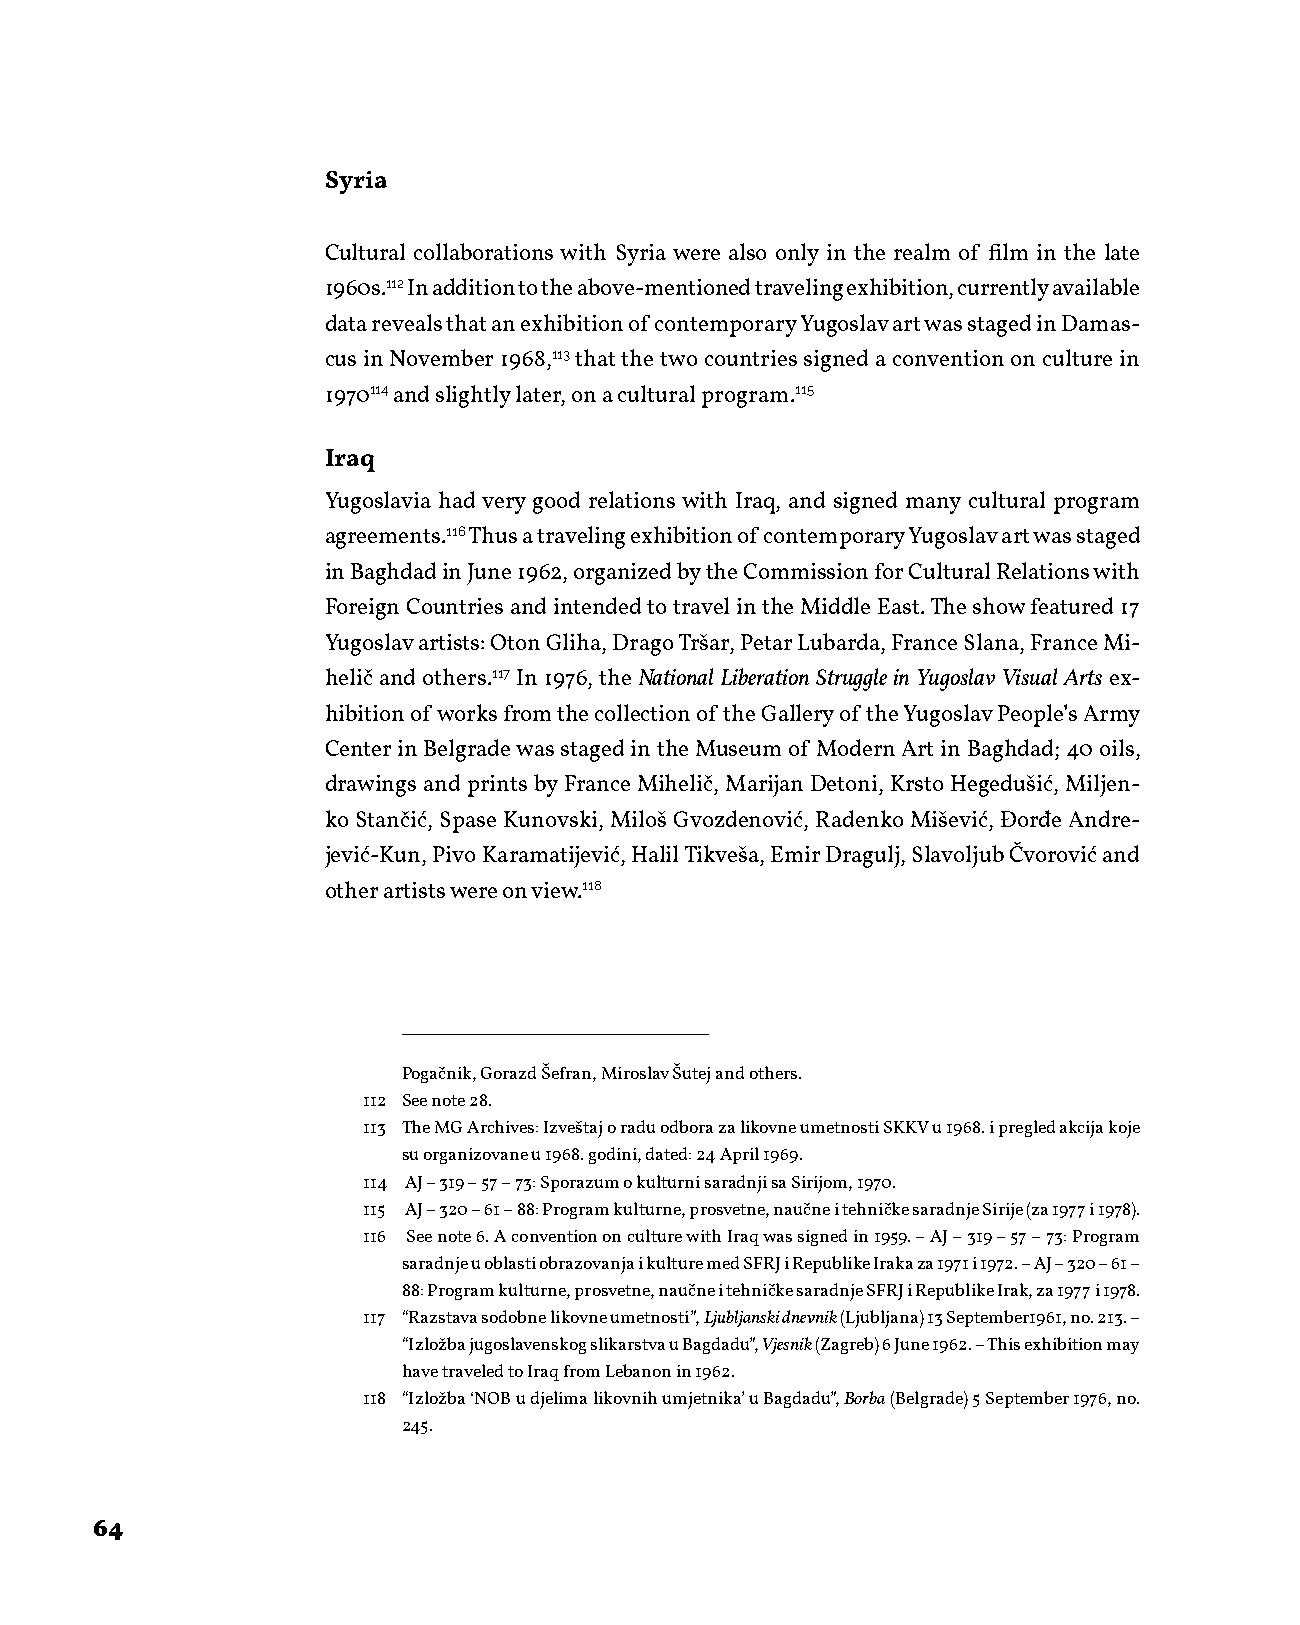
Syria
 Cultural collaborations with Syria were also only in the realm of film in the late
 1960s.112 In addition to the above-mentioned traveling exhibition, currently available
 data reveals that an exhibition of contemporary Yugoslav art was staged in Damas-
 cus in November 1968,113 that the two countries signed a convention on culture in
 1970114 and slightly later, on a cultural program.115
 Iraq
 Yugoslavia had very good relations with Iraq, and signed many cultural program
 agreements.116 Thus a traveling exhibition of contemporary Yugoslav art was staged
 in Baghdad in June 1962, organized by the Commission for Cultural Relations with
 Foreign Countries and intended to travel in the Middle East. The show featured 17
 Yugoslav artists: Oton Gliha, Drago Tršar, Petar Lubarda, France Slana, France Mi-
 helič and others.117 In 1976, the National Liberation Struggle in Yugoslav Visual Arts ex-
 hibition of works from the collection of the Gallery of the Yugoslav People’s Army
 Center in Belgrade was staged in the Museum of Modern Art in Baghdad; 40 oils,
 drawings and prints by France Mihelič, Marijan Detoni, Krsto Hegedušić, Miljen-
 ko Stančić, Spase Kunovski, Miloš Gvozdenović, Radenko Mišević, Đorđe Andre-
 jević-Kun, Pivo Karamatijević, Halil Tikveša, Emir Dragulj, Slavoljub Čvorović and
 other artists were on view.118
 Pogačnik, Gorazd Šefran, Miroslav Šutej and others.
 112 See note 28.
 113 The MG Archives: Izveštaj o radu odbora za likovne umetnosti SKKV u 1968. i pregled akcija koje
 su organizovane u 1968. godini, dated: 24 April 1969.
 114 AJ – 319 – 57 – 73: Sporazum o kulturni saradnji sa Sirijom, 1970.
 115 AJ – 320 – 61 – 88: Program kulturne, prosvetne, naučne i tehničke saradnje Sirije (za 1977 i 1978).
 116 See note 6. A convention on culture with Iraq was signed in 1959. – AJ – 319 – 57 – 73: Program
 saradnje u oblasti obrazovanja i kulture med SFRJ i Republike Iraka za 1971 i 1972. – AJ – 320 – 61 –
 88: Program kulturne, prosvetne, naučne i tehničke saradnje SFRJ i Republike Irak, za 1977 i 1978.
 117 “Razstava sodobne likovne umetnosti”, Ljubljanski dnevnik (Ljubljana) 13 September1961, no. 213. –
 “Izložba jugoslavenskog slikarstva u Bagdadu”, Vjesnik (Zagreb) 6 June 1962. – This exhibition may
 have traveled to Iraq from Lebanon in 1962.
 118 “Izložba ‘NOB u djelima likovnih umjetnika’ u Bagdadu”, Borba (Belgrade) 5 September 1976, no.
 245.
 64